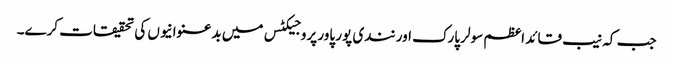
جب کہ نیب قائد اعظم سولر پارک اور نندی پور پاور پروجیکٹس میں بدعنوانیوں کی تحقیقات کرے۔